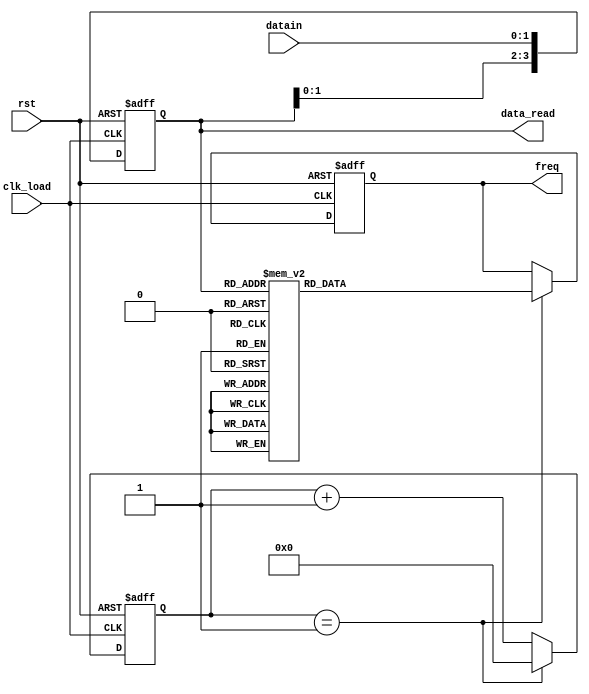
module Frequence(rst,
			datain,
			clk_load,				// 2MHz,
			freq,
			data_read
			);
input rst,clk_load;
input [1:0]datain;
output [7:0]freq;
output [3:0]data_read;

reg [3:0]count_load;				// clk
always @(posedge clk_load or negedge rst)
	if(~rst)
		count_load = 4'b01;
	else if(count_load == 4'b01)
		count_load = 4'b0;
	else
		count_load = count_load + 4'b1;

reg [3:0]data_read;					// clk
always @(posedge clk_load or negedge rst)
	if(~rst)
		data_read = 4'b0;
	else
		data_read = {data_read[1:0],datain};

reg [7:0]freq;						//??		
always @(negedge clk_load or negedge rst)
	if(~rst)
		freq = 8'b0;
	else if(count_load == 4'b01)
		case(data_read)				
			4'b0000: freq = 8'hE2;	//-30MHz
			4'b0001: freq = 8'hE6;	//-26
			4'b0010: freq = 8'hEA;	//-22
			4'b0011: freq = 8'hEE;	//-18
			4'b0100: freq = 8'hF2;	//-14
			4'b0101: freq = 8'hF6;	//-10
			4'b0110: freq = 8'hFA;	//-6
			4'b0111: freq = 8'hFE;	//-2
			4'b1000: freq = 8'h02;	// 2
			4'b1001: freq = 8'h06;	// 6
			4'b1010: freq = 8'h0A;	// 10
			4'b1011: freq = 8'h0E;	// 14
			4'b1100: freq = 8'h12;	// 18
			4'b1101: freq = 8'h16;	// 22
			4'b1110: freq = 8'h1A;	// 26
			4'b1111: freq = 8'h1E;	// 30
		endcase		
		
//////////////////////////////////////////////////////////////////////////////		

		
		
		
		
endmodule